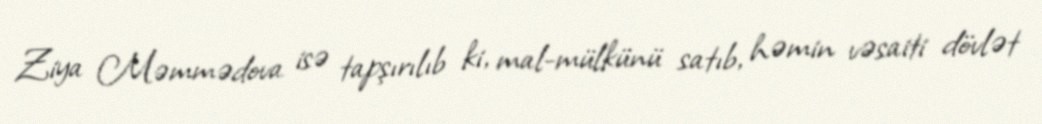
Ziya Məmmədova isə tapşırılıb ki, mal-mülkünü satıb, həmin vəsaiti dövlət